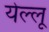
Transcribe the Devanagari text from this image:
येल्लू